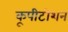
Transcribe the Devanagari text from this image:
कूपीटीशन